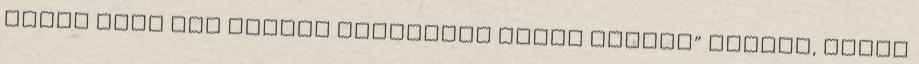
eddig csak egy hozzám foghatóan „okos embert” ismert, Tim­kó